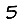
Digit: 5